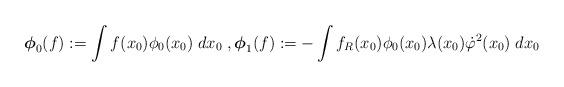
LaTeX: \begin{align*}\boldsymbol{\phi}_0(f) := \int f(x_0) {\phi}_0(x_0)\; dx_0\;,\boldsymbol{\phi}_1(f) := -\int f_R(x_0) \phi_0(x_0)\lambda(x_0)\dot{\varphi}^2(x_0)\; dx_0 \end{align*}